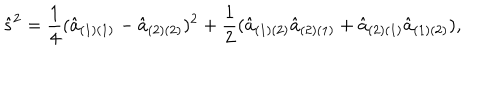
{ \hat { s } } ^ { 2 } = { \frac { 1 } { 4 } } ( { \hat { a } } _ { ( 1 ) ( 1 ) } - { \hat { a } } _ { ( 2 ) ( 2 ) } ) ^ { 2 } + { \frac { 1 } { 2 } } ( { \hat { a } } _ { ( 1 ) ( 2 ) } { \hat { a } } _ { ( 2 ) ( 1 ) } + { \hat { a } } _ { ( 2 ) ( 1 ) } { \hat { a } } _ { ( 1 ) ( 2 ) } ) ,